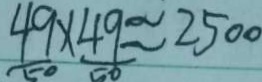
\frac { 4 9 } { 5 0 } \times \frac { 4 9 } { 5 0 } \approx 2 5 0 0